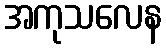
အကုသလေန